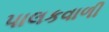
પાલકવાળી